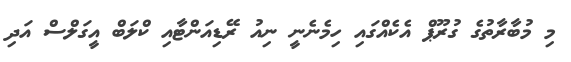
މި މުބާރާތުގެ ގުރޫޕް އެކެއްގައި ހިމެނެނީ ނިއު ރޭޑިއަންޓާއި ކްލަބް އީގަލްސް އަދި